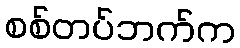
စစ်တပ်ဘက်က